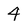
Character: 4